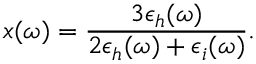
x ( \omega ) = \frac { 3 \epsilon _ { h } ( \omega ) } { 2 \epsilon _ { h } ( \omega ) + \epsilon _ { i } ( \omega ) } .